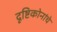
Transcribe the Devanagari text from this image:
दृष्टिकोनांचे